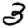
Digit: 3